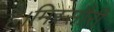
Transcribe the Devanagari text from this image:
है।मिस्सौरी